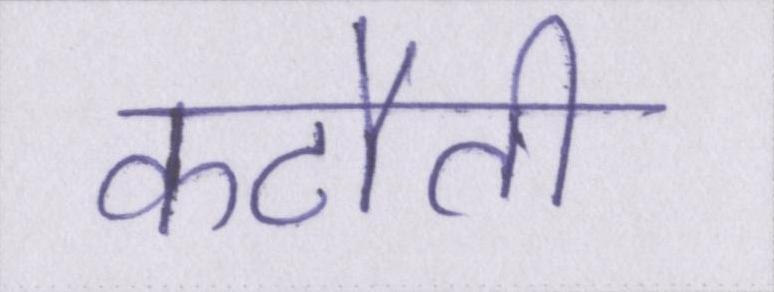
कटौती